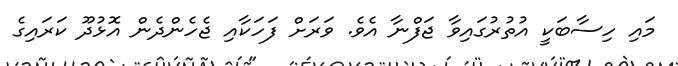
މައި ހިސާބަކީ އުތުރުގައިވާ ޖަފްނާ އެވެ. ވަރަށް ފަހަކާއި ޖެހެންދެން އޮޅުދޫ ކަރައިގެ